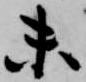
未